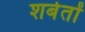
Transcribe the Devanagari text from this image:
शर्बतों